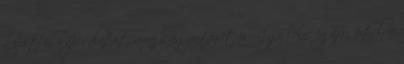
közvetlen kapcsolatot, avagy ügyintézőt is. "Így lenne igazán értelme